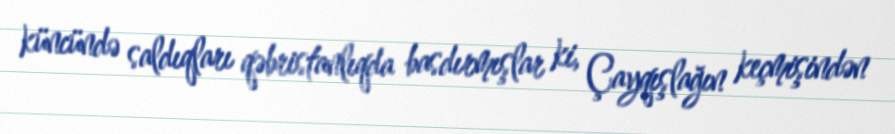
küncündə saldıqları qəbristanlıqda basdırmışlar ki, Çayqışlağın keçmişindən